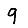
Digit: 9